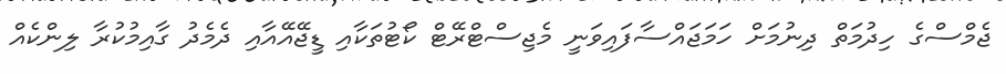
ޖެމްސްގެ ހިދުމަތް ދިނުމަށް ހަމަޖައްސާފައިވަނީ މެޖިސްޓްރޭޓް ކޯޓުތަކާއި ޑީޖޭއޭއާއި ދެމެދު ގާއިމުކުރާ ލިންކެއް